画像に写った文字を読んでください
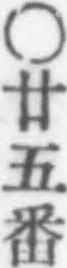
「○廿五番」と書いてあります